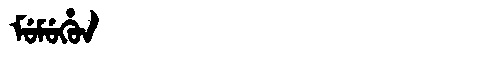
Manchu: ᠮᡠᠮᡠᡥᡠᠨ
Romanization: MUMUHUN